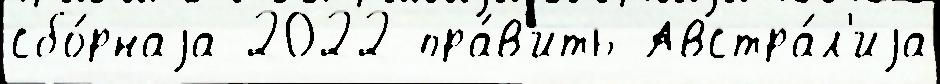
сбо́рнаjа 2022 пра́в'ить Австра́л'иjа